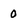
Character: 0